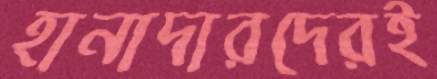
হানাদারদেরই